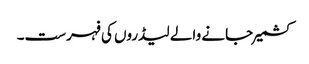
کشمیرجانے والے لیڈروں کی فہرست۔